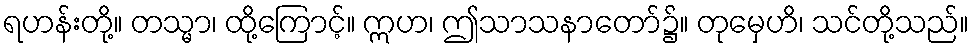
ရဟန်းတို့။ တသ္မာ၊ ထို့ကြောင့်။ ဣဟ၊ ဤသာသနာတော်၌။ တုမှေဟိ၊ သင်တို့သည်။